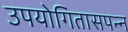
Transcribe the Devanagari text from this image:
उपयोगितासपन्न